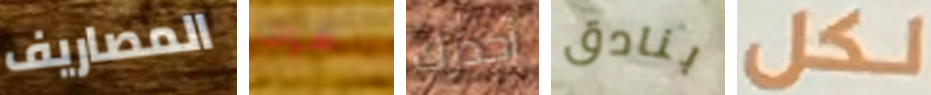
المصاريف سوف أحذرك بنادق لكل